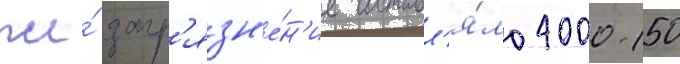
же́ загр'язн'е́н'ие составл'я́ло 4000-150